Bombay plague: being a history of the progress of plague in the Bombay presidency from September 1896 to June 1899
Year: 1896
Disease focus: Plague
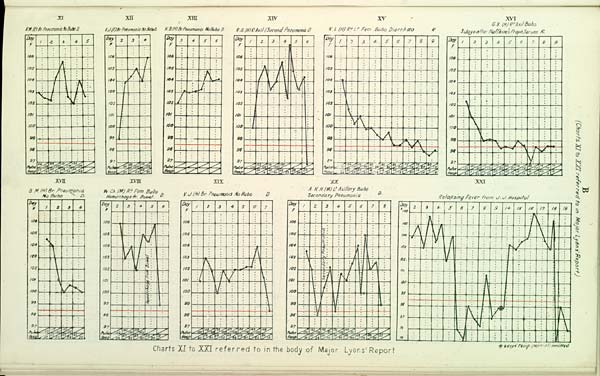
B
(Chart
XI
R.M. (E) Br.Pneumonia.No Bubo D.
XII
E.J. (E) Br. Pneumonia No Bubo D.
XIII
K.B. (H) Br.Pneumonia. No Bubo. D.
XIV
R.G. (H) R. Axil (Second Pneumonia D
XV
K.L. (H) Rt Lt Fem. Bubo Diarhœa R
XVI
G.B. (H) Rt Axil Bubo.
3 days after Haffkine's Praph. Serum. R.
XVII
B.M. (H) Br. Pneumonia
No Bubo
D.
XVIII
W. Ch. (M) R t Fem. Bubo
Hemorrhage fr. Bowel. D
XIX
V.J. (H) Br. Pneumonia No Bubo D.
XX
A.K.H. (M) Lt Axillary Bubo
Secondary Pneumonia D.
XXI
Relapsing Fever from J.J. Hospital
* 8 days' Temp. (normal) omitted
Charts XI to XXI referred to in the body of Major Lyons' Report